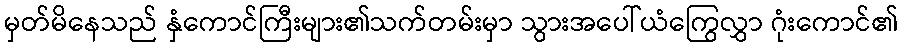
မှတ်မိနေသည် နှံကောင်ကြီးများ၏သက်တမ်းမှာ သွားအပေါ်ယံကြွေလွှာ ဂုံးကောင်၏